Report on vaccination in Madras 1922-1929 - 1922-1929
Year: 1922
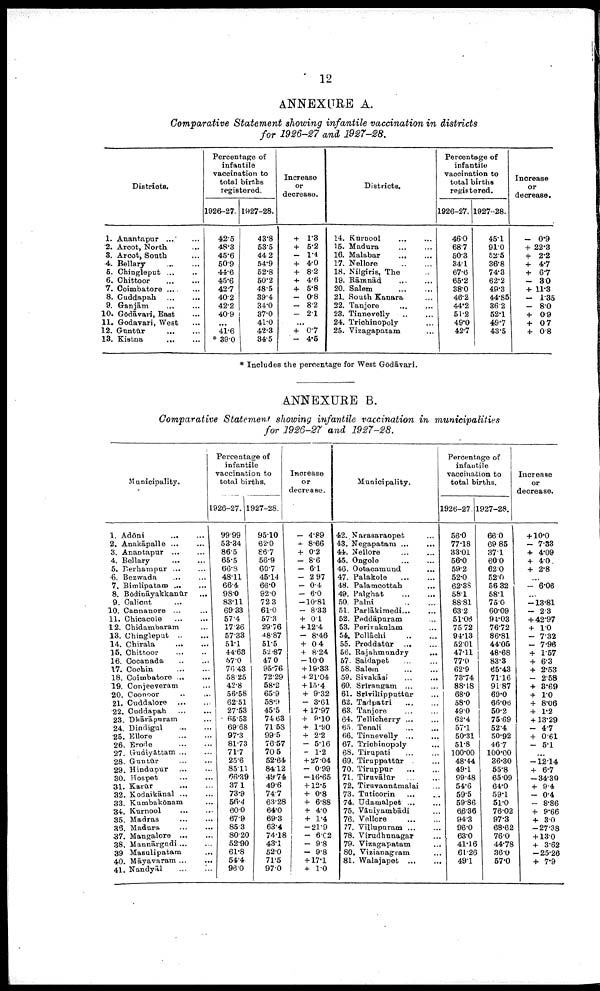
12
ANNEXURE A.
Comparative Statement showing infantile vaccination in districts
for 1926-27 and 1927-28.
Districts.
1.
2.
3.
4.
5.
6.
7.
8.
9.
10.
11.
12.
13.
Anantapur
...
Arco., North. ...
Arcot, South ...
Bellary
...
...
Chingleput ...
Chittoor ... ...
Coimbatore
...
...
Cuddapah
...
...
Ganjām ...
Gōdāvari, East ...
Godavari, West ...
Guntūr
...
...
Kistna ... ...
Percentage of
infantile
vaccination to
total births
registered.
1926-27.
42.5
48.3
45.6
50.9
44.6
45.6
42.7
40.2
42.2
40.9
...
41.6
*39.0
1927-28.
43.8
53.5
44.2
54.9
52.8
50.2
48.5
39.4
34.0
37.0
41.0
42.3
34.5
Increase
or
decrease.
+ 1.3
+ 5.2
- 1.4
+ 4.0
+ 8.2
+ 4.6
+ 5.8
- 0.8
- 8.2
- 2.1
...
+ 0.7
- 4.5
Districts.
14.
15.
16.
17.
18.
19.
20.
21.
22.
23.
24.
25.
Kurnool ... ...
Madura
...
...
Malabar ... ...
Nellore
...
...
Nilgiris, The ...
Rāmnād ... ...
Salem
...
...
South Kanara ...
Tanjore
...
...
Tinnevelly
...
...
Trichinop.ly ...
Vizagapatam ...
Percentage of
infantile
vaccination to
total births
registered.
1926-27.
46.0
68.7
50.3
34.1
67.6
65.2
38.0
46.2
44.2
51.2
49.0
42.7
1927-28.
45.1
91.0
52.5
36.8
74.3
62.2
49.3
44.85
36.2
52.1
49.7
43.5
Increase
or
decrease.
- 0.9
+ 22.3
+ 2.2
+ 4.7
+ 6.7
- 3.0
+ 11.3
-
1.35
- 8.0
+ 0.9
+ 0.7
+ 0.8
* Includes the percentage for West Gōdāvari.
ANNEXURE B.
Comparative Statement showing infantile vaccination in municipalities
for 1926-27 and 1927-28.
Municipality.
1.
2.
3.
4.
5.
6.
7.
8.
9.
10.
11.
12.
13.
14.
15.
16.
17.
18.
19.
20.
21.
22.
23.
24.
25.
26.
27.
28.
29.
30.
31.
32.
33.
34.
35.
36.
37.
38.
39.
40.
41.
Adōni
...
...
Anakāpalle ... ...
Anantapur
...
...
Bellary
...
...
Berhampur ... ...
Bezwada
...
...
Bimlipatam ... ...
Bōdināyakkanūr ...
Calicut ... ...
Cannanore ... ...
Chicacole
...
...
Chidambaram ...
Chingleput ... ...
Chirala
...
...
Chittoor
...
...
Cocanada
...
...
Cochin
...
...
Coimbatore
...
...
Conjeeveram ...
Coonoor ... ...
Cuddalore
...
...
Cuddapah
...
...
Dhārāpuram ... ...
Dindigul
...
...
Ellore
...
...
Erode
...
...
Gudiyāttam ... ...
Guntūr ... ...
Hindupur
...
...
Hospet
...
...
Karūr ... ...
Kodaikānal ... ...
Kumbakōnam ... ...
Kurnool ... ...
Madras ... ...
Madura
...
...
Mangalore
...
...
Mannārgudi ... ...
Masulipatam
...
Māyavaram ... ...
Nandyāl ... ...
Percentage of
infantile
vaccination to
total births.
1926-27.
99.99
53.34
86.5
65.5
66.8
48.11
66.4
98.0
83.11
69.33
57.4
17.36
57.33
51.1
44.68
57.0
76.43
58.25
42.8
56.58
62.51
27.53
65.53
69.68
97.3
81.73
71.7
25.6
85.11
66.39
37.1
73.9
56.4
60.0
67.9
85.3
80.20
52.90
61.8
54.4
96.0
1927-28.
95.10
62.0
86.7
56.9
60.7
45.14
66.0
92.0
72.3
61.0
57.3
29.76
48.87
51.5
52.87
47.0
95.76
72.29
58.2
65.9
58.9
45.5
74.63
71.58
99.5
76.57
70.5
52.64
84.12
49.74
49.6
74.7
63.28
64.0
69.3
63.4
74.18
43.1
52.0
71.5
97.0
Increase
or
decrease.
- 4.89
+ 8.66
+ 0.2
- 8.6
- 6.1
- 2.97
- 0.4
- 6.0
-10.81
- 8.33
+ 0.1
+ 12.4
- 8.46
+ 0.4
+ 8.24
-10.0
+ 19.33
+ 21.04
+ 15.4
+ 9.32
- 3.61
+17.97
+ 9.10
+ 1.90
+ 2.2
- 5.16
- 1.2
+ 27.04
- 0.99
-16.65
+ 12.5
+ 0.8
+ 6.88
+ 4.0
+ 1.4
-21.9
- 6.02
- 9.8
- 9.8
+ 17.1
+ 1.0
Municipality.
42.
43.
41.
45.
46.
47.
48.
49.
50.
51.
52.
53.
54.
55.
56.
57.
58.
59.
60.
61.
62.
63.
64.
65.
66.
67.
68.
69.
70.
71.
72.
73.
74.
75.
76.
77.
78.
79.
80.
81.
Narasaraopet ...
Negapatam
...
...
Nellore
...
...
Ongole
...
...
Ootacamund ...
Palakole
...
...
Palamcottah ...
Palghat
...
...
Palni
...
...
Parlākimedi ... ...
Peddāpuram ... ...
Perivakulam ...
Pollāchi
...
...
Proddatūr
...
...
Rajahmundry ... ...
Saidapet ... ...
Salem
...
...
Sivakāsi
...
...
Srīrangam ... ...
Srīvillipputtūr ... ...
Tadpatri ... ...
Tanjore ... ...
Tellicherry
...
...
Tenali
...
...
Tinnevelly ... ...
Trichinopoly ... ...
Tirupati ... ...
Tiruppattūr ... ...
Tiruppur ... ...
Tiruvālūr
...
...
Tiruvannāmalai ... ...
Tuticorin ... ...
Udamalpet
...
...
Vāniyambādi ... ...
Vellore
...
...
Villupuram ... ...
Virudhunagar ... ...
Vizagapatam ...
Vizianagram ...
Walajapet
...
...
Percentage of
infantile
vaccination to
total births.
1926-27.
56.0
77.18
33.01
56.0
59.2
52.0
62.38
58.1
88.81
63.2
51.06
75.72
94.13
52.01
47.11
77.0
62.9
73.74
88.18
68.0
58.0
49.0
62.4
57.1
50.31
51.8
100.00
48.44
49.1
99.48
54.6
59.5
59.86
66.36
94.3
96.0
63.0
41.16
61.26
49.1
1927-28.
66.0
69.85
37.1
60.0
62.0
52.0
56.32
58.1
75.0
60.09
94.03
76.72
86.81
44.05
48.68
83.3
65.43
71.16
91.87
69.0
66.06
50.2
75.69
52.4
50.92
46.7
100.00
36.30
55.8
65.09
64.0
59.1
51.0
76.02
97.3
68.62
76.0
44.78
36.0
57.0
Increase
or
decrease.
+ 10.0
- 7.33
+ 4.09
+ 4.0
+ 2.8
...
- 6.06
...
-13.81
- 2.3
+ 42.97
+ 1.0
- 7.32
- 7.96
+ 1.57
+ 6.3
+ 2.53
- 2.58
+ 8.69
+ 1.0
+ 8.06
+ 1.2
+13.29
- 4.7
+ 0.61
- 5.1
...
-12.14
+ 6.7
-34.39
+ 9.4
- 0.4
- 8.86
+ 9.66
+ 3.0
-27.38
+ 13.0
+ 3.62
-25.26
+ 7.9